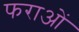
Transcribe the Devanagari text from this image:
फराओं